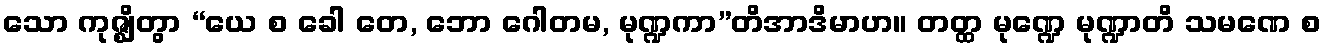
သော ကုဇ္ဈိတွာ “ယေ စ ခေါ တေ, ဘော ဂေါတမ, မုဏ္ဍကာ”တိအာဒိမာဟ။ တတ္ထ မုဏ္ဍေ မုဏ္ဍာတိ သမဏေ စ